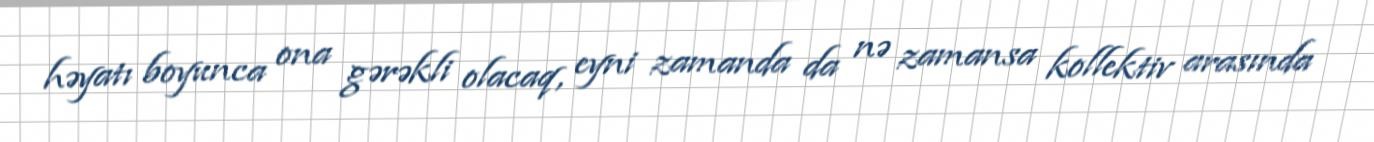
həyatı boyunca ona gərəkli olacaq, eyni zamanda da nə zamansa kollektiv arasında